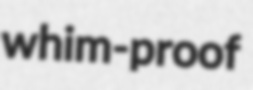
whim-proof